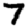
Digit: 7